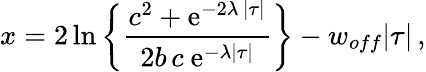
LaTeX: x=2{\, \mathrm{ln}}\left\{ {\frac{c^{2}+\mathrm{e}^{-2\lambda\, |\tau|}}{2b\, c\ \mathrm{e}^{-\lambda|\tau|}}}\right\} -w_{off}|\tau|\, ,